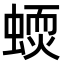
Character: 𧏦